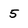
Character: 5